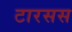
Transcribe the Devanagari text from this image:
टारसस